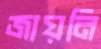
জায়নি